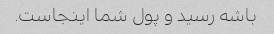
باشه رسید و پول شما اینجاست.